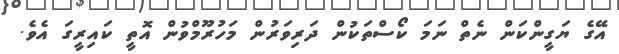
އޭގެ ޔަގީންކަން ނެތް ނަމަ ކޯސްތަކުން ދަރިވަރުން މަހުރޫމްވުން އޮތީ ކައިރީގަ އެވެ.